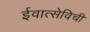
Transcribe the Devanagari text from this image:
ईवात्सेविची